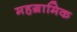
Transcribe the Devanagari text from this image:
महग्रामिक